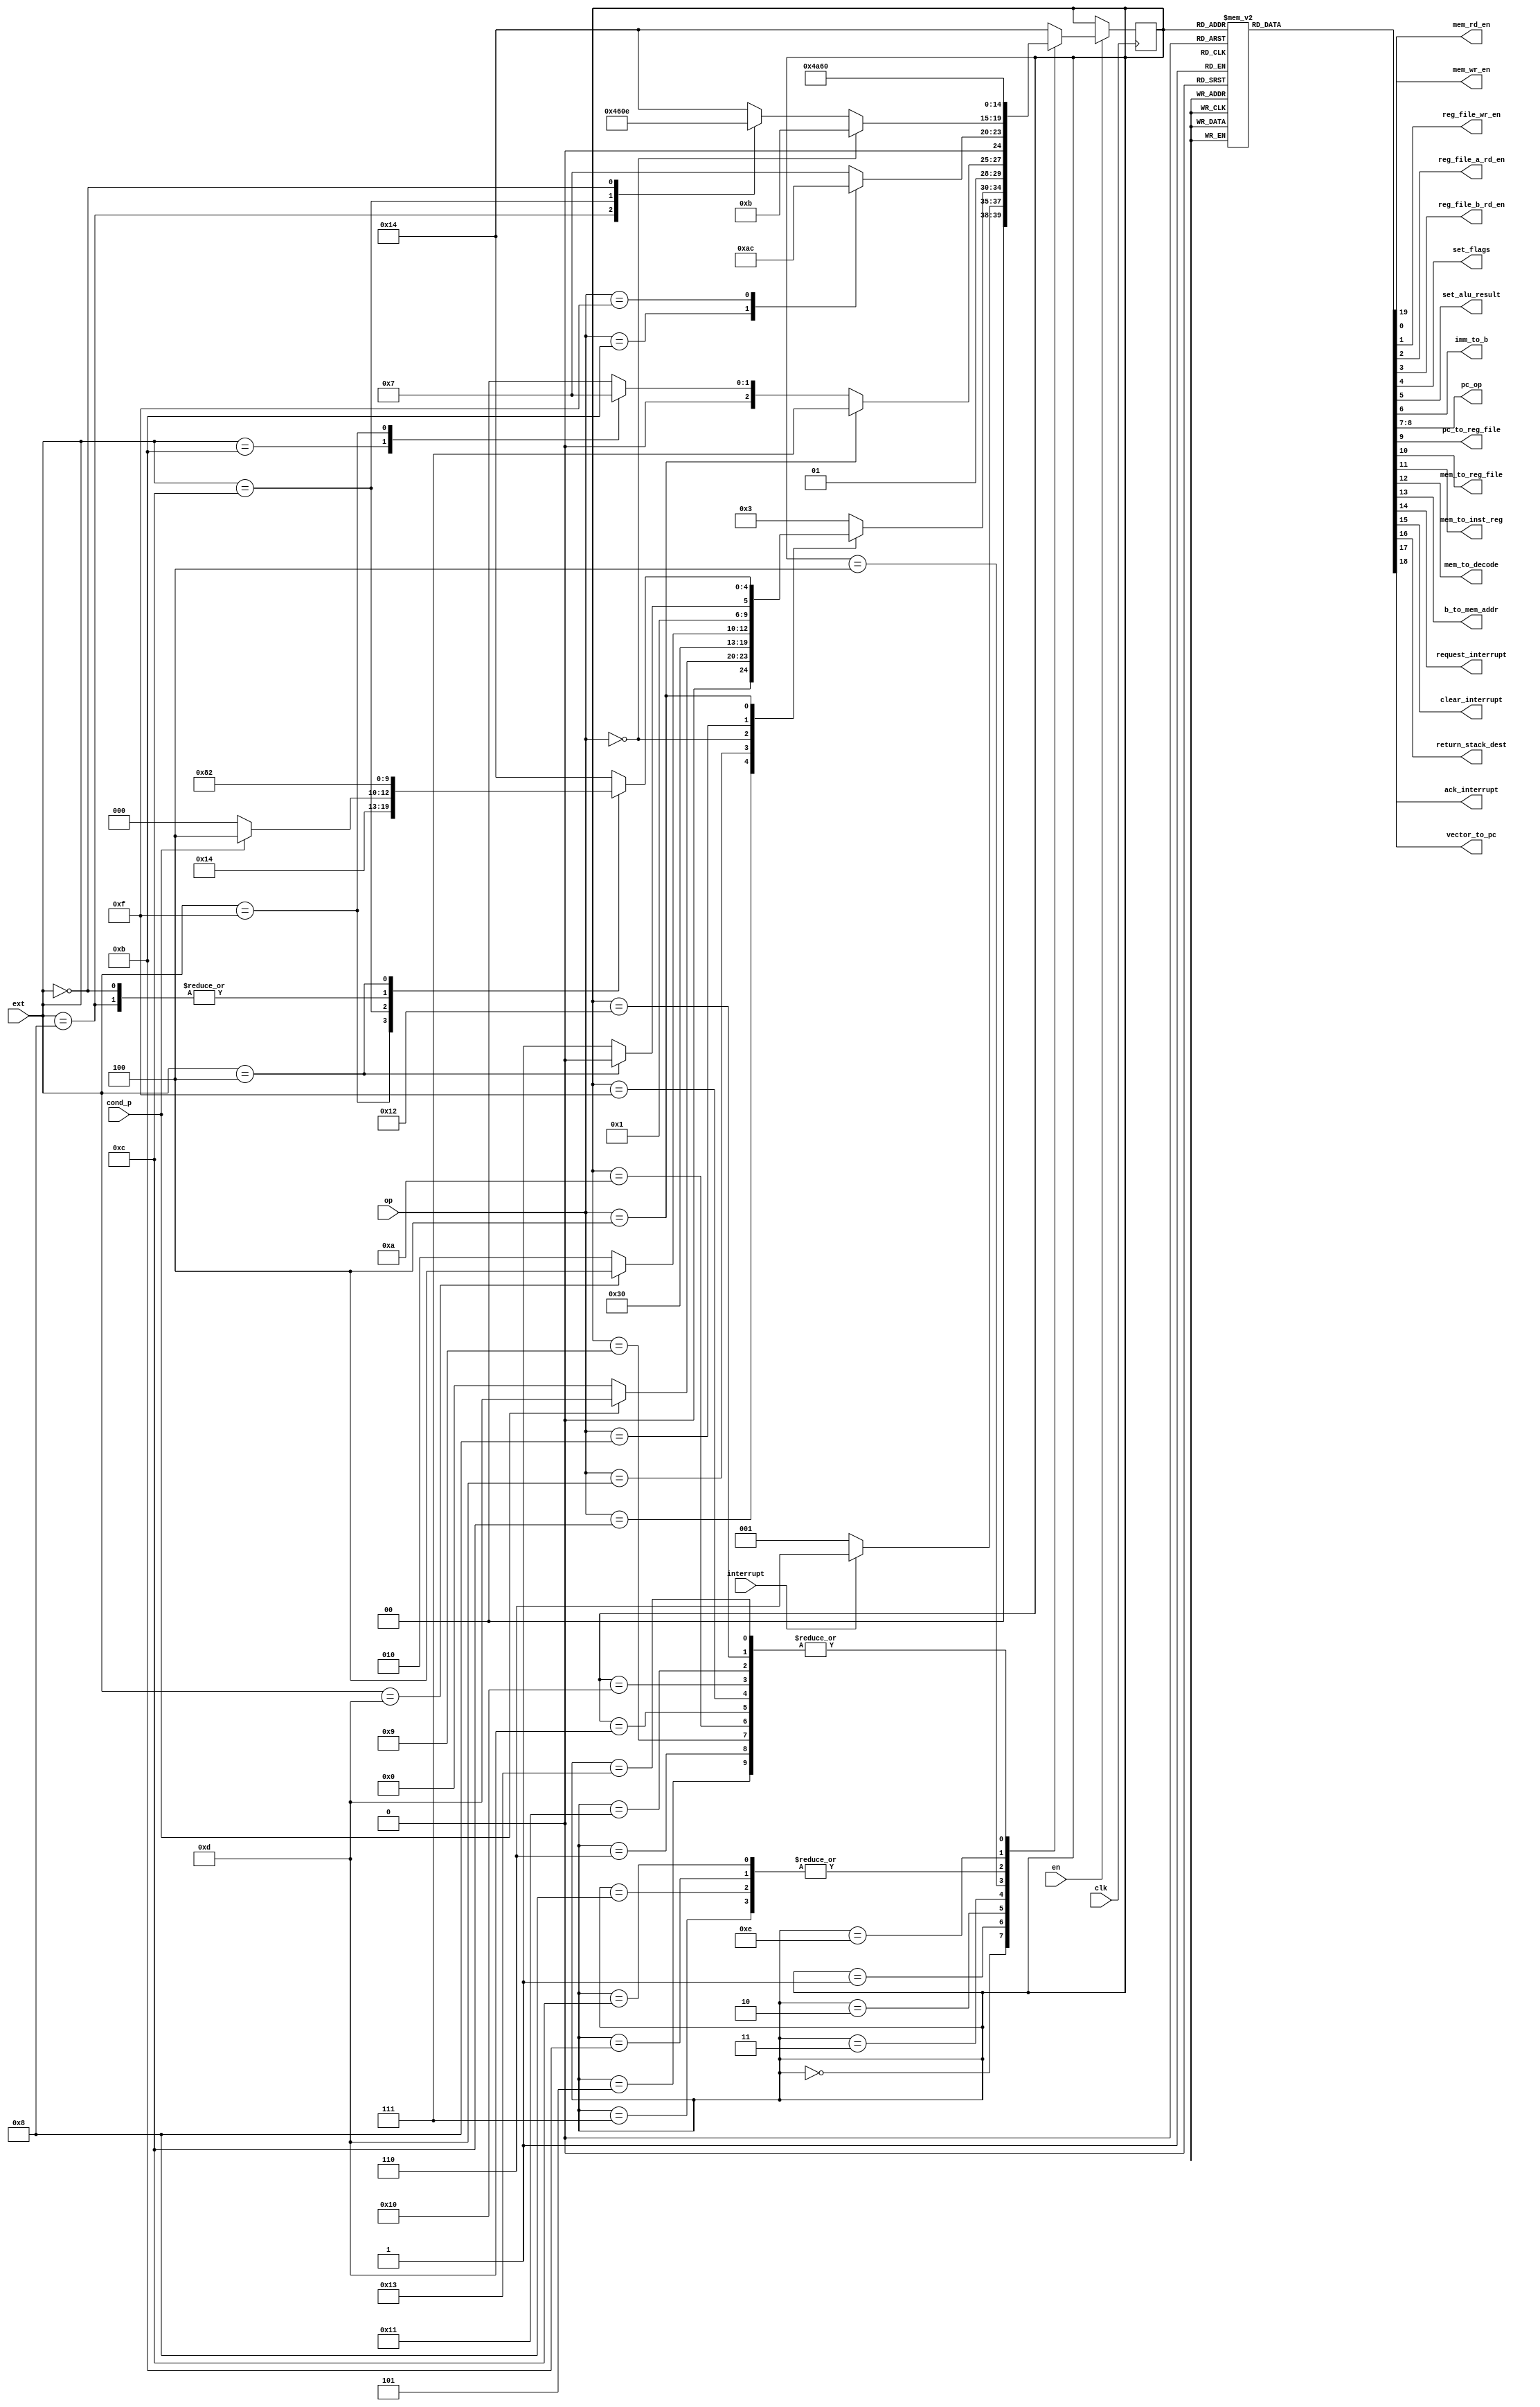
`timescale 1ns / 1ps
//////////////////////////////////////////////////////////////////////////////////
// Company: 
// 
// Design Name: 
// Module Name:    control
// Project Name: 
// Target Devices: 
// Tool versions: 
// Description: 
//
// Dependencies: 
//
// Revision: 
// Revision 0.01 - File Created
// Additional Comments: 
//
//////////////////////////////////////////////////////////////////////////////////
module control(
	       input            clk,
	       input            en,

	       input [3:0]      op,
	       input [3:0]      ext,
	       input            cond_p,
               input            interrupt,
 
	       output reg       mem_rd_en,
	       output reg       mem_wr_en,

	       output reg       reg_file_wr_en,
	       output reg       reg_file_a_rd_en,
	       output reg       reg_file_b_rd_en,

	       output reg       set_flags,
               output reg       set_alu_result, 
	       output reg       imm_to_b, 

	       output reg [1:0] pc_op,
	       output reg       pc_to_reg_file,

	       output reg       mem_to_reg_file,
	       output reg       mem_to_inst_reg,
	       output reg       mem_to_decode,

	       output reg       b_to_mem_addr,
               
               output reg       request_interrupt,
               output reg       clear_interrupt,
               output reg       return_stack_dest,
               output reg       vector_to_pc,
               output reg       ack_interrupt
	       /*AUTOARG*/);

   /* ops
    arith   {0000   rdest aluop rsrc}
    arithI  {aluop  rdest immh  imml}
    LSH     {1000   rdest 0100  ramnt}
    LSHI    {1000   rdest 000s  imm}
    CMP     {0000   rdest 1011  rsrc}
    CMPI    {1011   rdest immh  imml}
    LOAD    {0100   rdest 0000  raddr}
    STORE   {0100   rsrc  0100  raddr}
    Bcond   {1100   cond  disph displ}
    Jcond   {0100   cond  1100  rtrgt}
    JAL     {0100   rlink 1000  rtrgt}
    CLRI    {0100   0000  1111  0000} // extension op: clear an interrupt
    */
   /* ops */
   localparam BCOND	= 4'b1100;
   localparam CMPI	= 4'b1011;
   localparam LUI       = 4'b1111;
   localparam MOVI	= 4'b1101;
   localparam REGISTER	= 4'b0000;
   localparam SHIFT	= 4'b1000;
   localparam SPECIAL	= 4'b0100;
   
   /* op exts */
   localparam CLRI      = 4'b1111;
   localparam CMP	= 4'b1011;
   localparam JCOND	= 4'b1100;
   localparam JAL	= 4'b1000;
   localparam LSH	= 4'b0100;
   localparam LOAD	= 4'b0000;
   localparam LU        = 4'b1111;
   localparam MOV	= 4'b1101;
   localparam STORE	= 4'b0100;
   
   /* states */
   // fetch
   localparam FETCH                  = 5'd0;

   // decode
   localparam DECODE                 = 5'd1;
   
   // load
   localparam LOAD_A_B               = 5'd2;
   localparam LOAD_A                 = 5'd3;
   localparam LOAD_B                 = 5'd4;

   // execute and store
   localparam CLEAR_INTERRUPT        = 5'd5;
   localparam SERVICE_INTERRUPT      = 4'd6;
   localparam IMM_ALU_OP             = 5'd7;
   localparam ALU_OP                 = 5'd8;
   localparam ALU_FLAG_OP            = 5'd9;
   localparam IMM_ALU_FLAG_OP        = 5'd10;
   localparam ALU_FLAGLESS_OP        = 5'd11;
   localparam IMM_ALU_FLAGLESS_OP    = 5'd12;
   localparam BRANCH                 = 5'd13;
   localparam LOAD_FROM_MEM          = 5'd14;
   localparam STORE_TO_MEM           = 5'd15;
   localparam JUMP                   = 5'd16;
   localparam JUMP_AND_LINK          = 5'd17;

   // memory load
   localparam ALU_RESULT_TO_REG_FILE = 5'd18;
   localparam MEM_TO_REG_FILE        = 5'd19;

   // error
   localparam ERROR                  = 5'd20;
   
   reg [4:0] 		   state = FETCH;
   reg [4:0] 		   next_state;

   always @(posedge clk)
     if (en) state <= next_state;

   /* state transitions */
   always @(/*AS*/cond_p or ext or op or state or interrupt)
     case (state)
       ERROR : next_state = ERROR;
       // fetch
       FETCH  : next_state = interrupt ? SERVICE_INTERRUPT : DECODE;

       // decode
       DECODE : case (op)
		  BCOND : next_state = cond_p ? BRANCH : FETCH;
		  MOVI	: next_state = IMM_ALU_FLAGLESS_OP;
		  REGISTER : case (ext)
			       MOV	: next_state = LOAD_B;
			       default	: next_state = LOAD_A_B;
			     endcase // case (ext)
		  SHIFT : case (ext)
			    LSH		: next_state = LOAD_A_B;
			    default	: next_state = LOAD_A; // LSHI
			  endcase // case (ext)
		  SPECIAL : case (ext)
                              CLRI      : next_state = CLEAR_INTERRUPT;
			      JAL	: next_state = LOAD_B;
			      JCOND	: next_state = cond_p ? LOAD_B : FETCH;
			      LOAD	: next_state = LOAD_B;
			      STORE	: next_state = LOAD_A_B;
			      default	: next_state = ERROR; // bad op
			    endcase // case (ext)
		  default : next_state = LOAD_A; // assume an immediate alu op
		endcase // case (op)

       // load
       LOAD_A_B : case (op)
		    SPECIAL : next_state = STORE_TO_MEM;
		    default : case (ext)
				CMP	: next_state = ALU_FLAG_OP;
                                LU      : next_state = ALU_FLAGLESS_OP;
				default : next_state = ALU_OP;
			      endcase // case (ext)
		  endcase // case (op)
       LOAD_A : case(op)
                  CMPI : next_state = IMM_ALU_FLAG_OP;
                  LUI  : next_state = IMM_ALU_FLAGLESS_OP;
                  default : next_state = IMM_ALU_OP;
                endcase // case (op)
       LOAD_B : case (op)
		  REGISTER : next_state = ALU_FLAGLESS_OP; // MOV
		  default : case (ext)
			      JAL	: next_state = JUMP_AND_LINK;
			      JCOND	: next_state = JUMP;
			      LOAD	: next_state = LOAD_FROM_MEM;
			      default   : next_state = ERROR; // bad state 
			    endcase // case (ext)
		endcase // case (op)
       
       // execute and store
       CLEAR_INTERRUPT     : next_state = FETCH;
       SERVICE_INTERRUPT   : next_state = FETCH;
       IMM_ALU_OP          : next_state = ALU_RESULT_TO_REG_FILE;
       ALU_OP              : next_state = ALU_RESULT_TO_REG_FILE;
       ALU_FLAG_OP         : next_state = FETCH;
       ALU_FLAGLESS_OP     : next_state = ALU_RESULT_TO_REG_FILE;
       IMM_ALU_FLAGLESS_OP : next_state = ALU_RESULT_TO_REG_FILE;
       IMM_ALU_FLAG_OP     : next_state = FETCH;
       BRANCH              : next_state = FETCH;
       LOAD_FROM_MEM       : next_state = MEM_TO_REG_FILE;
       STORE_TO_MEM        : next_state = FETCH;
       JUMP                : next_state = FETCH;
       JUMP_AND_LINK       : next_state = FETCH;
 
       // memory load
       ALU_RESULT_TO_REG_FILE : next_state = FETCH;
       MEM_TO_REG_FILE  : next_state = FETCH;
       default : next_state = ERROR; // bad state
     endcase // case (state)

   /* outputs */
   always @(/*AS*/state) begin
      mem_rd_en = 1'b0;
      mem_wr_en = 1'b0;
      
      reg_file_wr_en = 1'b0;
      reg_file_a_rd_en = 1'b0;
      reg_file_b_rd_en = 1'b0;

      set_flags = 1'b0;
      set_alu_result = 1'b0;
      imm_to_b = 1'b0;

      pc_op = 2'b0;
      pc_to_reg_file = 1'b0;

      mem_to_reg_file = 1'b0;
      mem_to_inst_reg = 1'b0;
      mem_to_decode = 1'b0;
      
      b_to_mem_addr = 1'b0;

      request_interrupt = 1'b0;
      clear_interrupt = 1'b0;
      return_stack_dest = 1'b0;
      vector_to_pc = 1'b0;
      ack_interrupt = 1'b0;
      
      case (state)
	// fetch
	FETCH : begin
	   // this is the default: pc_to_mem_addr = 1'b1;
	   mem_rd_en = 1'b1;
	end

	// decode
	DECODE : begin
           request_interrupt = 1'b1;
	   mem_to_inst_reg = 1'b1;
	   mem_to_decode = 1'b1;
	   pc_op = 2'b1;
	end

	// load
	LOAD_A_B : begin
	   reg_file_a_rd_en = 1'b1;
	   reg_file_b_rd_en = 1'b1;
	end
	LOAD_A : reg_file_a_rd_en = 1'b1;
	LOAD_B : reg_file_b_rd_en = 1'b1;

	// execute and store
        CLEAR_INTERRUPT : clear_interrupt = 1'b1;
        SERVICE_INTERRUPT : begin
           return_stack_dest = 1'b1;
           pc_op = 2'b11;
           pc_to_reg_file = 1'b1;
           vector_to_pc = 1'b1;
           reg_file_wr_en = 1'b1;
           ack_interrupt = 1'b1;
        end
	IMM_ALU_OP : begin
	   imm_to_b = 1'b1;
	   set_flags = 1'b1;
           set_alu_result = 1'b1;
	end
	ALU_OP : begin
	   set_flags = 1'b1;
           set_alu_result = 1'b1;
	end
	ALU_FLAG_OP : begin
	   set_flags = 1'b1;
	end
	IMM_ALU_FLAG_OP : begin
	   imm_to_b = 1'b1;
	   set_flags = 1'b1;
	end
        ALU_FLAGLESS_OP : begin
           set_alu_result = 1'b1;
        end
        IMM_ALU_FLAGLESS_OP : begin
           imm_to_b = 1'b1;
           set_alu_result = 1'b1;
        end
	BRANCH : begin
	   imm_to_b	= 1'b1;
	   pc_op	= 2'b10;
	end
	LOAD_FROM_MEM : begin
	   b_to_mem_addr = 1'b1;
	   mem_rd_en = 1'b1;
	end
	STORE_TO_MEM : begin
	   b_to_mem_addr = 1'b1;
	   // this is the default: b_to_mem_data_in = 1'b1;
	   mem_wr_en = 1'b1;
	end
	JUMP : begin
	   pc_op	= 2'b11;
	end
	JUMP_AND_LINK : begin
	   pc_op          = 2'b11;
	   pc_to_reg_file = 1'b1;
	   reg_file_wr_en = 1'b1;
	end

        // longer op to reg file
        ALU_RESULT_TO_REG_FILE : begin
	   // this is the default: alu_result_to_reg_file = 1'b1;
           reg_file_wr_en = 1'b1;
        end
	MEM_TO_REG_FILE : begin
	   mem_to_reg_file = 1'b1;
	   reg_file_wr_en = 1'b1;
	end
      endcase // case (state)
   end // always @ (...
endmodule // control